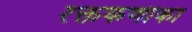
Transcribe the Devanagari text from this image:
रक्तकणीका